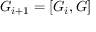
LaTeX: G _ { i + 1 } = [ G _ { i } , G ]